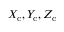
X _ { \mathrm { { c } } } , Y _ { \mathrm { { c } } } , Z _ { \mathrm { { c } } }